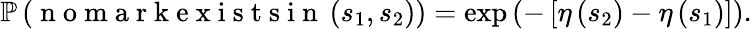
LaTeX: \mathbb{P}\left(\mathrm{~n~o~m~a~r~k~e~x~i~s~t~s~i~n~}\left(s_{1},s_{2}\right)\right)=\exp\left(-\left[\eta\left(s_{2}\right)-\eta\left(s_{1}\right)\right]\right).